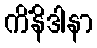
ကိံနိဒါနာ